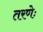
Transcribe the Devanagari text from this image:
तरणेः